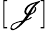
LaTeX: [\mathscr{J}]